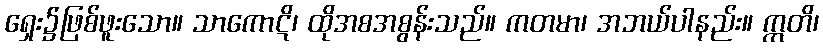
ရှေး၌ဖြစ်ဖူးသော။ သာကောဋိ၊ ထိုအစအစွန်းသည်။ ကတမာ၊ အဘယ်ပါနည်း။ ဣတိ၊